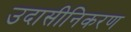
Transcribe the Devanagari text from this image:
उदासीनिकरण